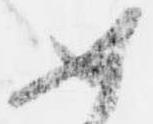
如